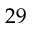
2 9